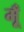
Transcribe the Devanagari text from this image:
मूँ